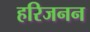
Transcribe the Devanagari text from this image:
हरिजनन